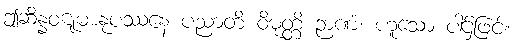
ဤဆိန္နဝဋုမာနုပဿနေ ပညာတိ ဝိမုတ္တိ ဉာဏံ၊ ဟူသော ပါဌ်ဖြင့်။